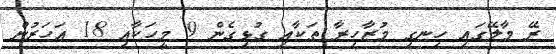
ރޭ މާލޭގައި ހިނގި މުޒާހިރާ ތަކާއި ގުޅިގެން 9 މީހަކާއި 18 އަހަރުން